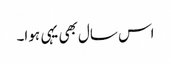
اس سال بھی یہی ہوا۔